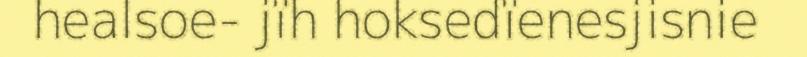
healsoe- jïh hoksedïenesjisnie